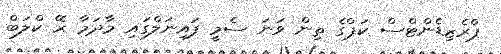
ޕްރެޒިޑެންޓްސް ކަޕްގެ ތިން ވަނަ ސެމީ ފައިނަލްގައި މާދަމާ ރޭ ކްލަބް